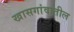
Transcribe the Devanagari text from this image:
खासगांवातील